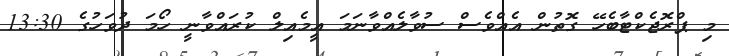
މި ޕްރޮޖެކްޓާބެހޭ ގޮތުން އެއްވެސް ސުވާލެއްވާނަމަ އީމެއިލް ކުރައްވާނީ ހޯމަ ދުވަހުގެ 13:30